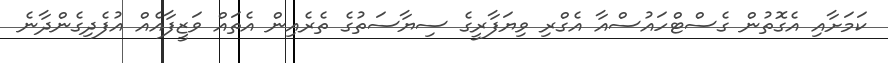
ކަމަށާއި އެގޮތުން ގެސްޓްހައުސްއާ އެގްރި ވިޔަފާރީގެ ސިޔާސަތުގެ ތެރެއިން އެތައް ވަޒީފާއެއް އުފެދިގެންދާނެ